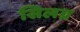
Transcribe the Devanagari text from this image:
सिलग्न